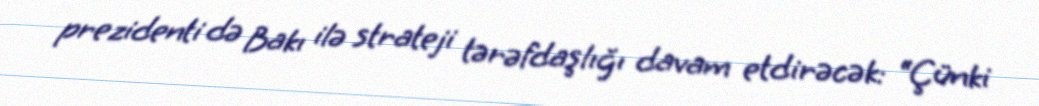
prezidenti də Bakı ilə strateji tərəfdaşlığı davam etdirəcək: “Çünki